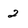
Character: 2